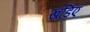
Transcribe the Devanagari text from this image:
खड़िए